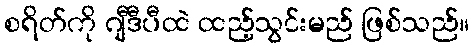
စရိတ်ကို ဂျီဒီပီထဲ ထည့်သွင်းမည် ဖြစ်သည်။